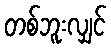
တစ်ဘူးလျှင်